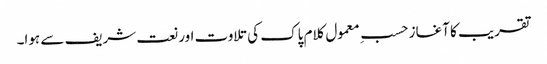
تقریب کا آغاز حسبِ معمول کلام پاک کی تلاوت اور نعت شریف سے ہوا۔